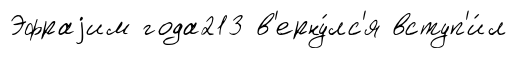
Эфраjим года213 в'ерну́лс'я вступ'и́л